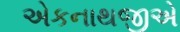
એકનાથજીએ